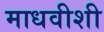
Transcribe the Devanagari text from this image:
माधवीशी